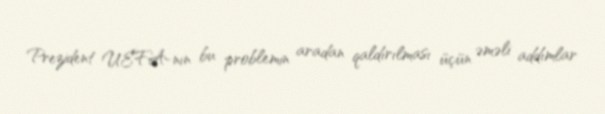
Prezident UEFA-nın bu problemin aradan qaldırılması üçün əməli addımlar